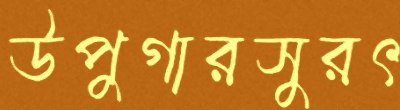
উপুগারসুরৎ